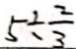
5 \div \frac { 2 } { 3 }